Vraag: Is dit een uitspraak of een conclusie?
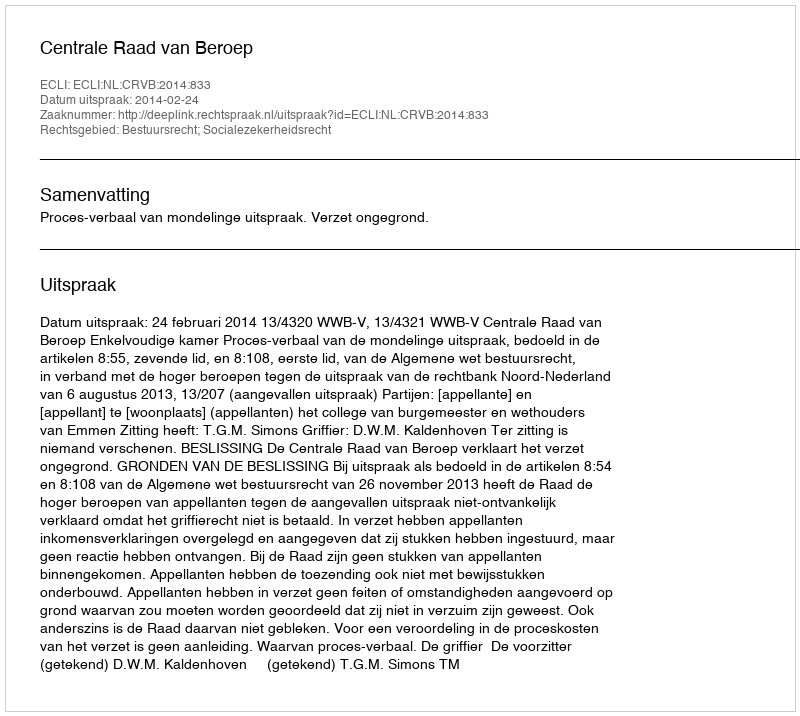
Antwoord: Uitspraak